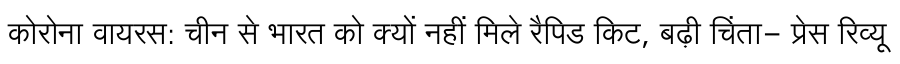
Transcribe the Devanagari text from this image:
कोरोना वायरस: चीन से भारत को क्यों नहीं मिले रैपिड किट, बढ़ी चिंता- प्रेस रिव्यू